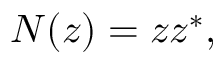
N ( z ) = z z ^ { * } ,